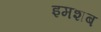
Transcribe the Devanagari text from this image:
इमशब